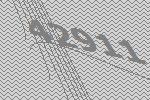
42911